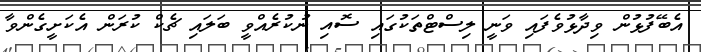
އެބޭފުޅުން ވިދާޅުވެފައި ވަނީ ލިސްޓްތަކުގައި ސޮއި ނުކުރެއްވީ ބަލައި ޗެކް ކުރަން އެކަށީގެންވާ